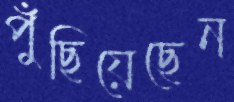
পুঁছিয়েছেন